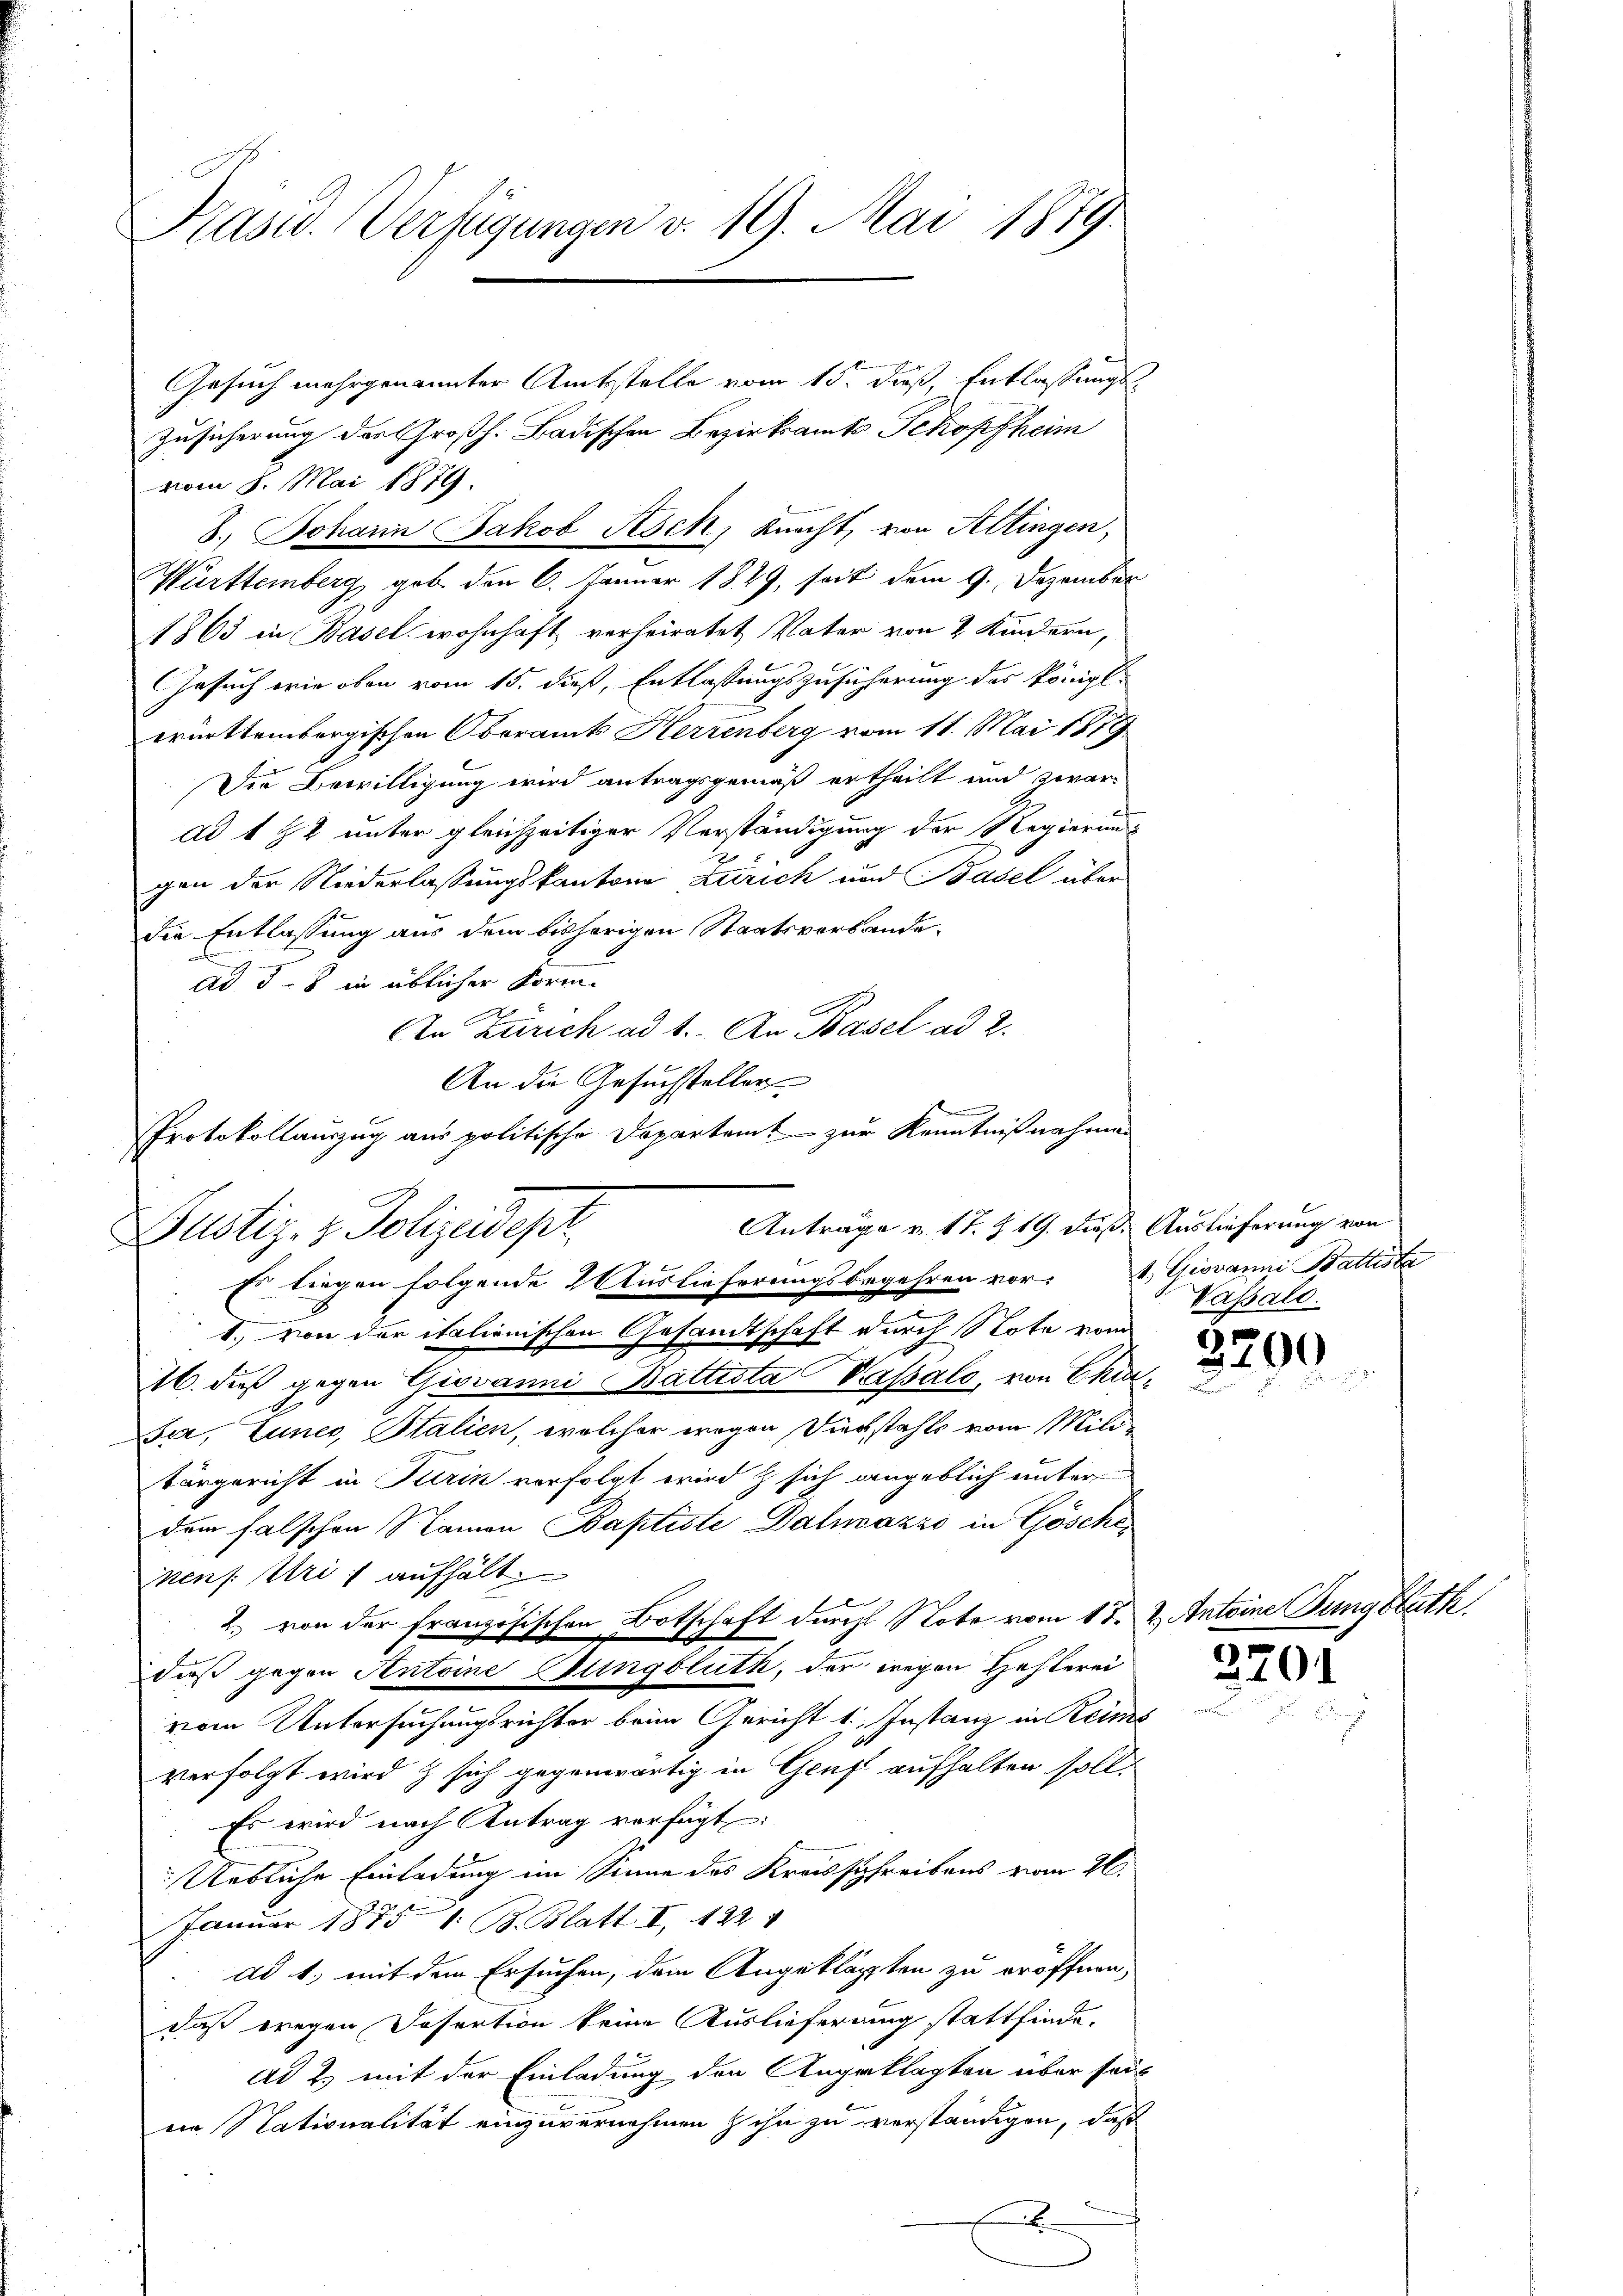
Präsid. Verfügungen v. 19. Mai 1879

vom 8. Mai 1879.
1863 in Basel wohnhaft verheiratet Vater von 2 Kindern,
Gesuch wie oben vom 15. dieß, Entlaßungszusicherung des Königl.
württembergischen Oberamts Herzenberg vom 11. Mai 1819
Die Bewilligung wird antragsgemäß ertheilt und zwar-
ad 1 § 2 unter gleichzeitiger Verständigung der Regierungs
gen der Niederlassungskantone Zürich und Basel über
die Entlassung aus dem bisherigen Staatsverbande.
ad. 5 - 8 in üblicher Forme
An Zürich ad 1. An Basel ad 2.
An die Gesuchsteller
.
Protokollauszug aus politische Departamt zur Kenntnißnahmen

Zusicherung der Großh. Badischen Bezirksamts Schopfheim
8.) Johann Jakob Asch, Knacht, von Attingen,

Württemberg geb. den 6. Januar 1829, seit dem 9. Dezember

Antrage v. 17. § 19. dieß. Auslieferung von
Justiz- & Polizeidepr
Es liegen folgende 2 Auslieferungsbegehren vor. A. Giovanni Batusta

1., von der italienischen Gesandtschaft durch Note vom
16. dieß gegen Giovanni Battista Vasalo, von Chia¬
Ja, Zunes, Stalien, welcher wegen Diebstahls vom Militärgericht in Turin vorfolgt wird & sich angeblich unter
dem falschen Namen Baptiste Dalmazzo in Gösche
nens. Uri, aufhält
2. von der französischen Botschaft durchl Note vom 1ten u. Antoine Jung Statk
vom Untersuchungsrichter beim Gericht 1, Instanz in Reims
verfolgt wird & sich gegenwärtig in Genf aufhalten soll.
Es wird nach Antrag verfügt:
Uebliche Einladung im Sinne des Kreisschreibens vom 26.
Januar 1875 1. B. Blatt I. 422 1
ad 1., mit dem Ersuchen, dem Angeklagten zu eröffnen,
daß wegen Sofertion keine Auslieferung stattfinde.
ad 2. mit der Einladung den Angeklagten über seit
in Stationalität einzuvernehmen ihn zu verständigen, daß
.

daß gegen Antoine Bungbluth, der wegen Hehlerei

Gesuch mehrgenannter Amtsstelle vom 15. daß, Entlassungs¬

Vasald.

3299

2701